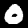
Digit: 0